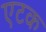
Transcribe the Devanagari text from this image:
एटक